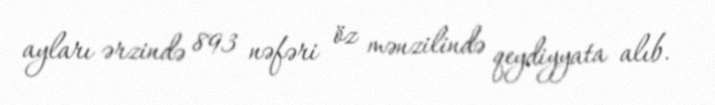
ayları ərzində 893 nəfəri öz mənzilində qeydiyyata alıb.